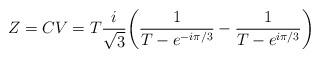
LaTeX: \begin{align*}Z = CV = T {i \over \sqrt{3}} \biggl( {1\over T- e^{-i \pi/3} } - {1\over T - e^{i \pi/3}} \biggr)\end{align*}